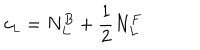
c _ { \small L } = N _ { L } ^ { B } + \frac { 1 } { 2 } N _ { L } ^ { F }